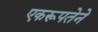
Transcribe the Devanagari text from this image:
एकरूपतेने